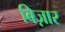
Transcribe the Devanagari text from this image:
बिज़ार